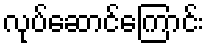
လုပ်ဆောင်ကြောင်း